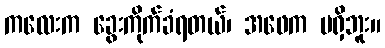
ကလေးက ခွေးကိုက်ခံရတယ်၊ အဖေက မရှိဘူး။